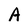
Character: A